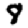
Digit: 8